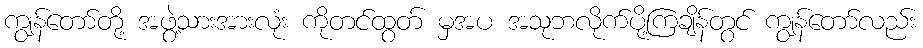
ကျွန်တော်တို့ အဖွဲ့သားအားလုံး ကိုတင်ထွတ် မှအပ အသုဘလိုက်ပို့ကြချိန်တွင် ကျွန်တော်လည်း